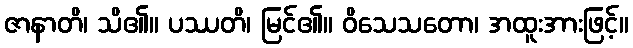
ဇာနာတိ၊ သိ၏။ ပဿတိ၊ မြင်၏။ ဝိသေသတော၊ အထူးအားဖြင့်။